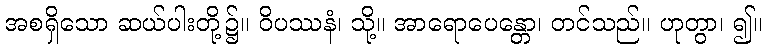
အစရှိသော ဆယ်ပါးတို့၌။ ဝိပဿနံ၊ သို့။ အာရောပေန္တော၊ တင်သည်။ ဟုတွာ၊ ၍။